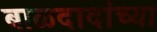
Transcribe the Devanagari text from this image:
बाळदादांच्या